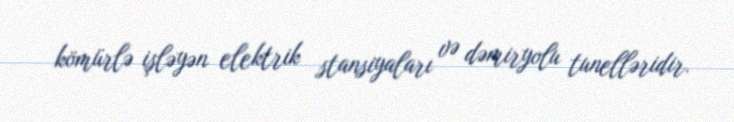
kömürlə işləyən elektrik stansiyaları və dəmiryolu tunelləridir.